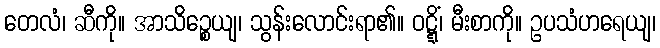
တေလံ၊ ဆီကို။ အာသိဉ္စေယျ၊ သွန်းလောင်းရာ၏။ ဝဋ္ဋိံ၊ မီးစာကို။ ဥပသံဟရေယျ၊